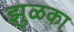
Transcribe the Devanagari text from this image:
झुळका